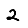
Digit: 2